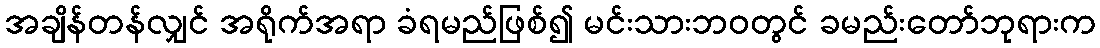
အချိန်တန်လျှင် အရိုက်အရာ ခံရမည်ဖြစ်၍ မင်းသားဘဝတွင် ခမည်းတော်ဘုရားက